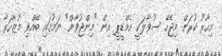
މިހާރު ކުރަން މިޖެހޭ ސުވާލަކީ އެމްޑީޕީ އިން "މިންޖުވާން" ނަމުގައި ބޭއްވި މުޒާހަރާ